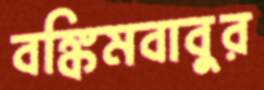
বঙ্কিমবাবুর